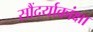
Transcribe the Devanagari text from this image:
सौंदर्याकांक्षा